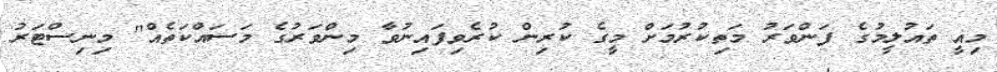
މިއީ ތައުލީމުގެ ފަންވަރު މަތިކުރުމަށް މީގެ ކުރިން ކުރެވިފައިނުވާ މިންވަރުގެ މަސައްކަތެއް" މިނިސްޓަރު